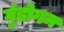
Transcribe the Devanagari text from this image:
गुंडोगन